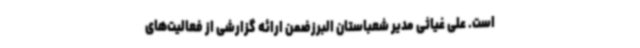
است. علی غیاثی مدیر شعباستان البرزضمن ارائه گزارشی از فعالیت‌های